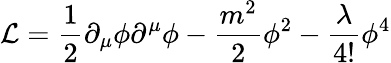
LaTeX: {\cal L}=\frac{1}{2}\partial_{\mu}\phi\partial^{\mu}\phi-\frac{m^{2}}{2}\phi^{2}-\frac{\lambda}{4!}\phi^{4}